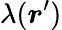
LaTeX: \lambda({\boldsymbol{r}}^{\prime})